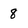
Character: 8